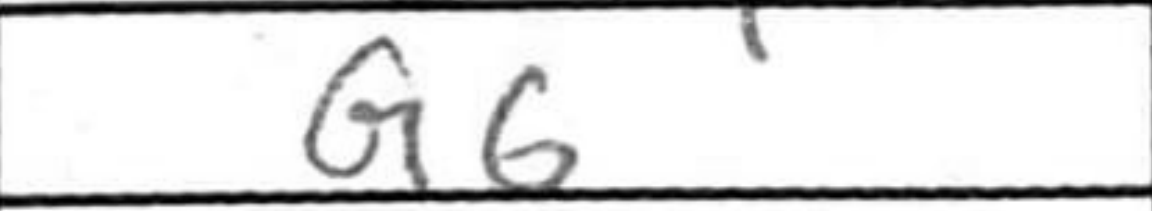
Transcription: g6